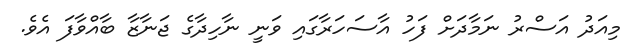
މިއަދު އަސްރު ނަމާދަށް ފަހު އާސަހަރާގައި ވަނީ ނާހިދާގެ ޖަނާޒާ ބާއްވާފަ އެވެ.